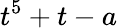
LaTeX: t^{5}+t-a